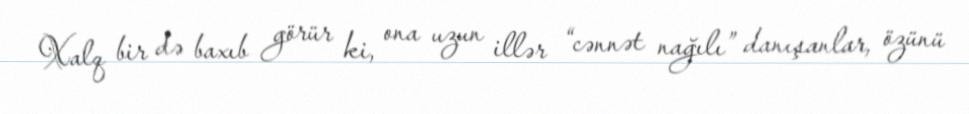
Xalq bir də baxıb görür ki, ona uzun illər “cənnət nağılı” danışanlar, özünü